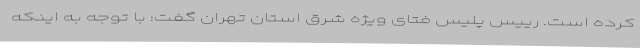
کرده است. رییس پلیس فتای ویژه شرق استان تهران گفت: با توجه به اینکه